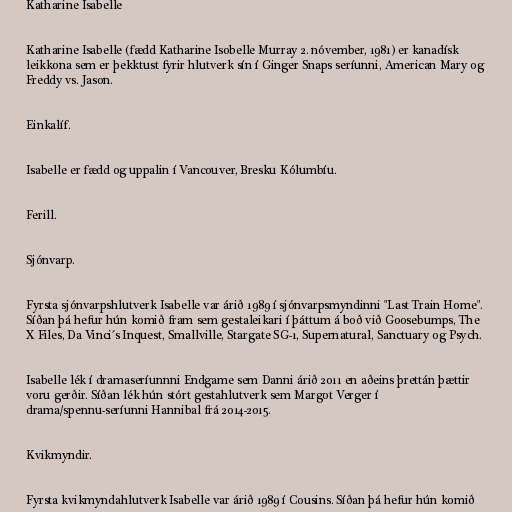
Katharine Isabelle

Katharine Isabelle (fædd Katharine Isobelle Murray 2. nóvember, 1981) er kanadísk
leikkona sem er þekktust fyrir hlutverk sín í Ginger Snaps seríunni, American Mary og
Freddy vs. Jason.

Einkalíf.

Isabelle er fædd og uppalin í Vancouver, Bresku Kólumbíu.

Ferill.

Sjónvarp.

Fyrsta sjónvarpshlutverk Isabelle var árið 1989 í sjónvarpsmyndinni "Last Train Home".
Síðan þá hefur hún komið fram sem gestaleikari í þáttum á boð við Goosebumps, The
X Files, Da Vinci´s Inquest, Smallville, Stargate SG-1, Supernatural, Sanctuary og Psych.

Isabelle lék í dramaseríunnni Endgame sem Danni árið 2011 en aðeins þrettán þættir
voru gerðir. Síðan lék hún stórt gestahlutverk sem Margot Verger í
drama/spennu-seríunni Hannibal frá 2014-2015.

Kvikmyndir.

Fyrsta kvikmyndahlutverk Isabelle var árið 1989 í Cousins. Síðan þá hefur hún komið